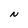
Character: N